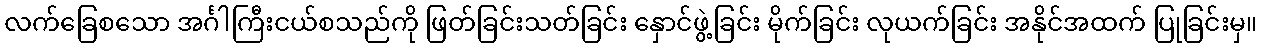
လက်ခြေစသော အင်္ဂါကြီးငယ်စသည်ကို ဖြတ်ခြင်းသတ်ခြင်း နှောင်ဖွဲ့ခြင်း မိုက်ခြင်း လုယက်ခြင်း အနိုင်အထက် ပြုခြင်းမှ။